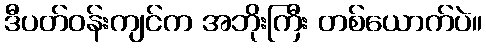
ဒီပတ်ဝန်းကျင်က အဘိုးကြီး တစ်ယောက်ပဲ။